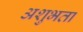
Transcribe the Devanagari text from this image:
अशुभता